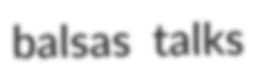
balsas talks